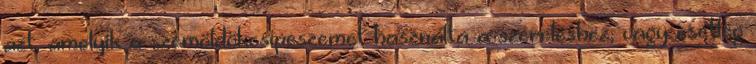
azt, amelyik a szemöldökcsipeszemet használta a szereléshez, vagy esetleg